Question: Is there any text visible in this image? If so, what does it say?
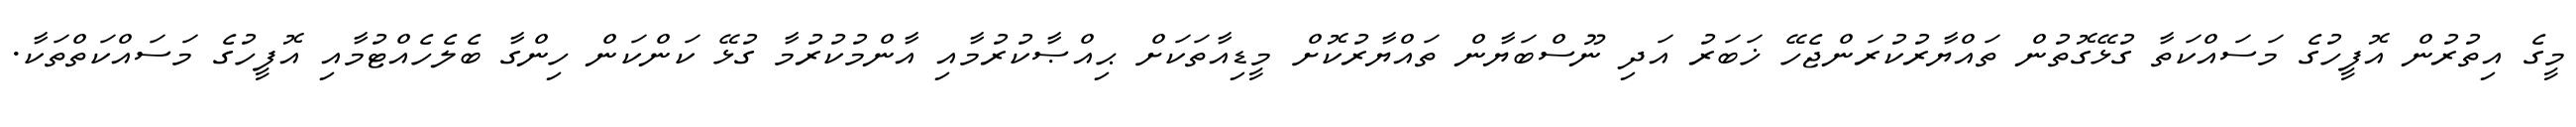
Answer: މީގެ އިތުރުން އޮފީހުގެ މަސައްކަތާ ގުޅޭގޮތުން ތައްޔާރުކުރަންޖެހޭ ޚަބަރު އަދި ނޫސްބަޔާން ތައްޔާރުކޮށް މީޑިއާތަކަށް ޙިއްޞާކުރުމާއި އާންމުކުރުމާ ގުޅޭ ކަންކަން ހިންގާ ބެލެހެއްޓުމާއި އޮފީހުގެ މަސައްކަތްތަކާ.